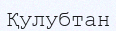
Қулубтан